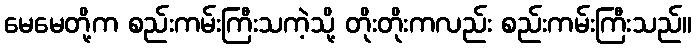
မေမေတို့က စည်းကမ်းကြီးသကဲ့သို့ တိုးတိုးကလည်း စည်းကမ်းကြီးသည်။